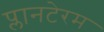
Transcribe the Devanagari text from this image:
प्लानटेरम